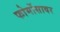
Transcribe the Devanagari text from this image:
फोर्मोसावर